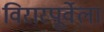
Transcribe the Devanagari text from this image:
विरारपूर्वेला